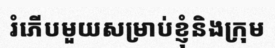
រំភើបមួយសម្រាប់ខ្ញុំនិងក្រុម